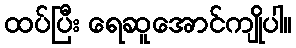
ထပ်ပြီး ရေဆူအောင်ကျိုပါ။